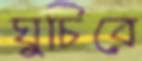
ঘুচিবে